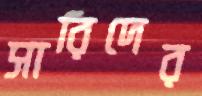
সারিদের